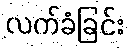
လက်ခံခြင်း